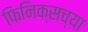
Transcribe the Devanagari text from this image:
फिनिक्सच्या